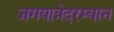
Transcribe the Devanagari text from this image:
जगयात्रेदरम्यान